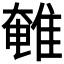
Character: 𮥽